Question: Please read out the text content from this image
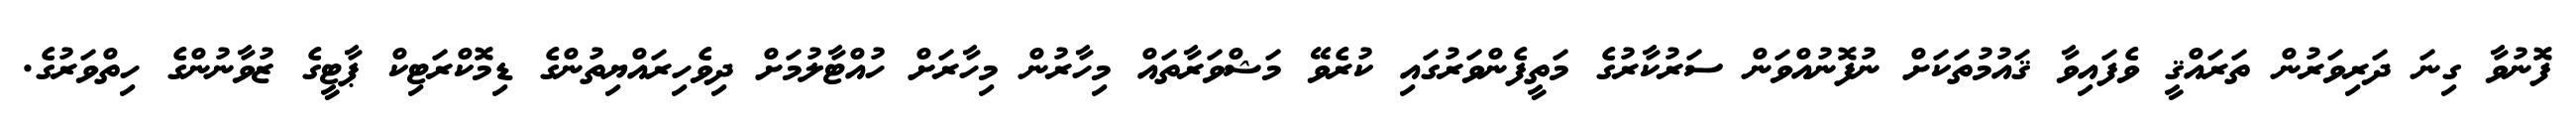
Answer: ފޮނުވާ ގިނަ ދަރިވަރުން ތަރައްޤީ ވެފައިވާ ޤައުމުތަކަށް ނުފޮނުއްވަން ސަރުކާރުގެ މަތީފެންވަރުގައި ކުރެވޭ މަޝްވަރާތައް މިހާރުން މިހާރަށް ހުއްޓާލުމަށް ދިވެހިރައްޔިތުންގެ ޑިމޮކްރަޓިކް ޕާޓީގެ ޒުވާނުންގެ ހިތްވަރުގެ.